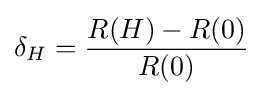
\delta _{H}={\frac {R(H)-R(0)}{R(0)}}